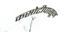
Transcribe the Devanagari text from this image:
कसोटीपासून